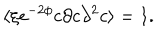
LaTeX: \langle \xi e ^ { - 2 \phi } c \partial c \partial ^ { 2 } c \rangle = 1 .